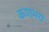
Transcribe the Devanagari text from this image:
कणमय